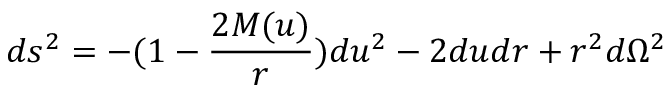
d s ^ { 2 } = - ( 1 - \frac { 2 M ( u ) } r ) d u ^ { 2 } - 2 d u d r + r ^ { 2 } d \Omega ^ { 2 }